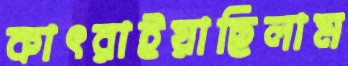
কাৎরাইয়াছিলাম